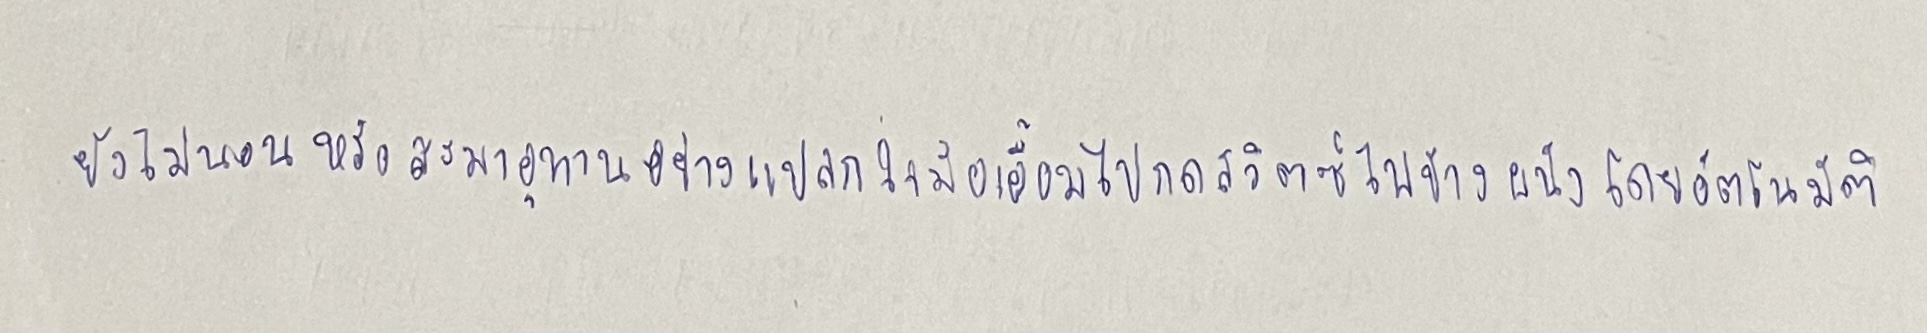
ยังไม่นอนหรือสะมาอุทานอย่างแปลกใจมือเอื้อมไปกดเปิดสวิตซ์ไฟข้างผนังโดยอัตโนมัติ